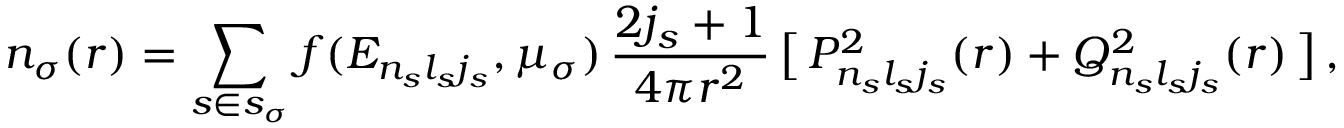
n _ { \sigma } ( r ) = \sum _ { s \in s _ { \sigma } } f ( E _ { n _ { s } l _ { s } j _ { s } } , \mu _ { \sigma } ) \, \frac { 2 j _ { s } + 1 } { 4 \pi r ^ { 2 } } \, \big [ \, P _ { n _ { s } l _ { s } j _ { s } } ^ { 2 } ( r ) + Q _ { n _ { s } l _ { s } j _ { s } } ^ { 2 } ( r ) \, \big ] \, ,